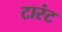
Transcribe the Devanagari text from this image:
टारंट